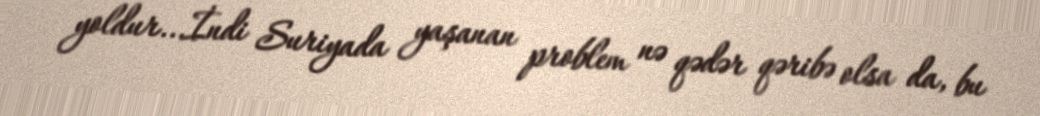
yoldur...İndi Suriyada yaşanan problem nə qədər qəribə olsa da, bu